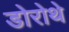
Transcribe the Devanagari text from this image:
डोरोथे